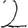
Digit: 2